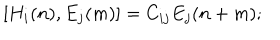
LaTeX: [ H _ { i } ( n ) , E _ { j } ( m ) ] = C _ { i j } E _ { j } ( n + m ) ;